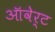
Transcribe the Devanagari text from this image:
ऑवेर्ट